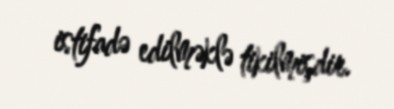
istifadə edilməklə tikilmişdir.